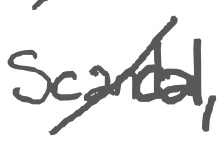
Text: Scandal,
Cross-out: diagonal
Writing tool: digital_gray